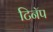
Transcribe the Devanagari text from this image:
टिनॅप